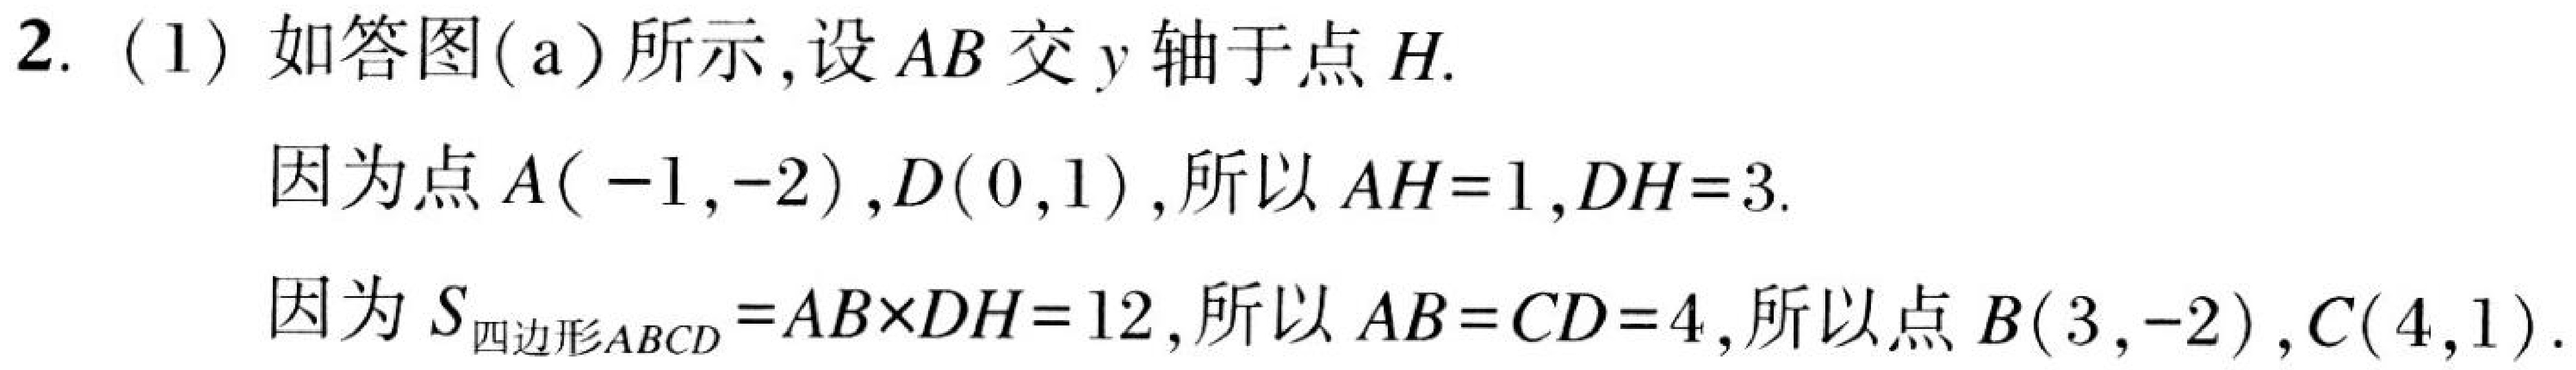
2. (1) 如答图(a)所示,设 \(AB\) 交 \(y\) 轴于点 \(H\).

因为点 \(A(-1,-2)\), \(D(0,1)\),所以 \(AH = 1\), \(DH = 3\).

因为 \(S_{四边形ABCD}=AB\times DH = 12\),所以 \(AB = CD = 4\),所以点 \(B(3,-2)\), \(C(4,1)\).